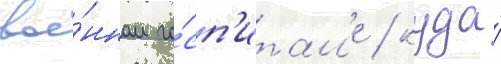
вое́нном го́сп'итал'е / куда́